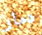
دمار